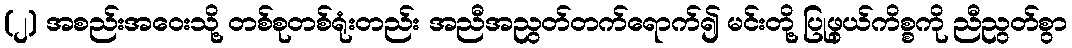
(၂) အစည်းအဝေးသို့ တစ်စုတစ်ရုံးတည်း အညီအညွတ်တက်ရောက်၍ မင်းတို့ ပြုဖွယ်ကိစ္စကို ညီညွတ်စွာ